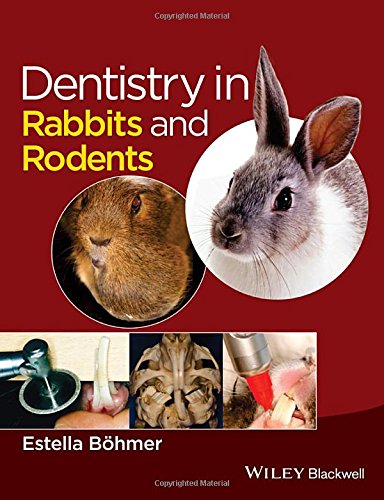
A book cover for Dentistry in Rabbits and Rodents; Estella BÃ¶hmer; Crafts, Hobbies & Home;